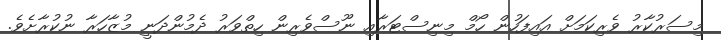
މިސަރުކާރު ވެރިކަމަށް އައިފަހުން ހޯމް މިނިސްޓަރާއި ނޫސްވެރިން ހިތްވަރު ދެމުންދަނީ މުޒާހަރާ ނުކުރާށެވެ.